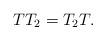
LaTeX: \begin{align*}TT_2 = T_2T. \end{align*}